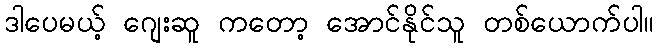
ဒါပေမယ့် ဂျေးဆူ ကတော့ အောင်နိုင်သူ တစ်ယောက်ပါ။